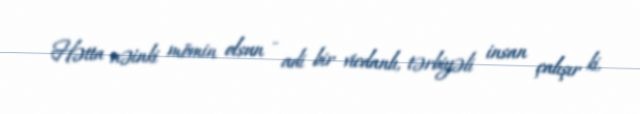
Hətta nəinki mömin olsun - adi bir vicdanlı, tərbiyəli insan çalışır ki,